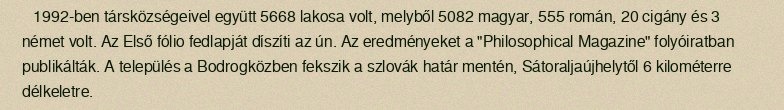
1992-ben társközségeivel együtt 5668 lakosa volt, melyből 5082 magyar, 555 román, 20 cigány és 3 német volt. Az Első fólio fedlapját díszíti az ún. Az eredményeket a "Philosophical Magazine" folyóiratban publikálták. A település a Bodrogközben fekszik a szlovák határ mentén, Sátoraljaújhelytől 6 kilométerre délkeletre.